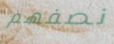
نصفهم